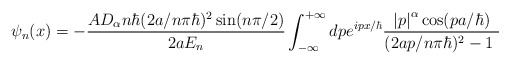
\begin{align*}\psi_{n}(x)=-\frac{AD_{\alpha}n\hbar(2a/n\pi\hbar)^{2}\sin(n\pi/2)}{2aE_{n}}\int_{-\infty}^{+\infty}dpe^{ipx/\hbar}\frac{\left\vert p\right\vert^{\alpha}\cos(pa/\hbar)}{(2ap/n\pi\hbar)^{2}-1\ }\end{align*}